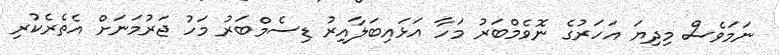
ނަމަވެސް މިދިޔަ އަހަރުގެ ނޮވެމްބަރު މަހާ އަޅައިބަލާއިރު ޑިސެމްބަރު މަހު ޖަރުމަނަށް އެތެރެކުރި